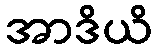
အာဒိယိ